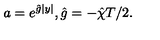
a = e ^ { \hat { g } | y | } , \hat { g } = - \hat { \chi } T / 2 .